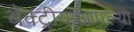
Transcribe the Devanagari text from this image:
बॅक्ट्रीयाआपल्या